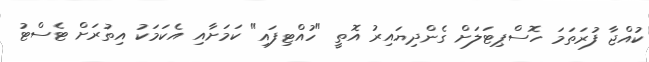
ކުއްޖާ ފުރަތަމަ ހޮސްޕިޓަލަށް ގެންދިޔައިރު އޮތީ "ހުއްޓިފައި" ކަމަށާއި އެކަމަކު އިތުރަށް ޓެސްޓު